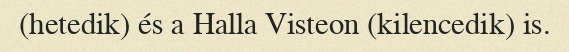
(hetedik) és a Halla Visteon (kilencedik) is.